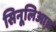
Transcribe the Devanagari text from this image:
सिनूलिआड